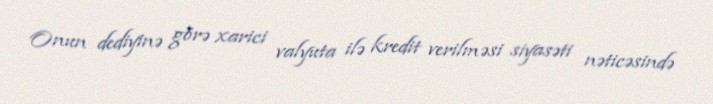
Onun dediyinə görə xarici valyuta ilə kredit verilməsi siyasəti nəticəsində